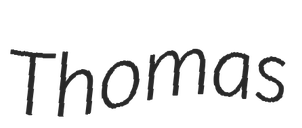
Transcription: Thomas